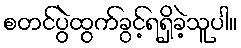
စတင်ပွဲထွက်ခွင့်ရရှိခဲ့သူပါ။